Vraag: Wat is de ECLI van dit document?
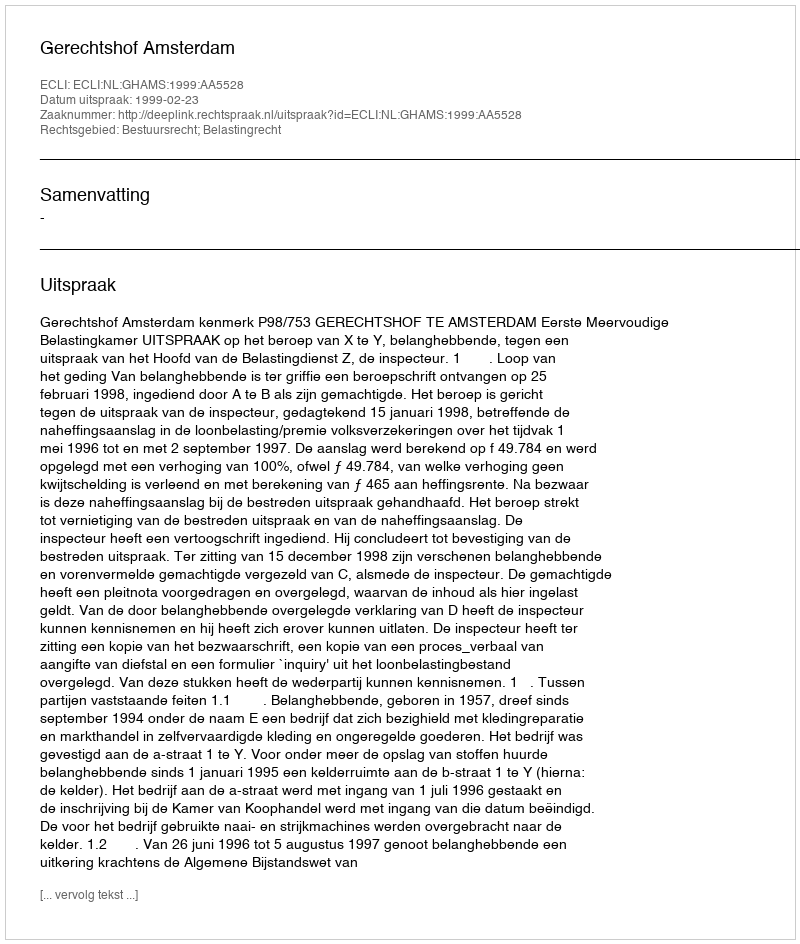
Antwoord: ECLI:NL:GHAMS:1999:AA5528